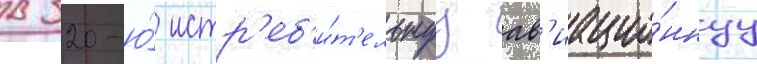
в 320-ю́ истр'еб'и́т'ельнуу ав'иацио́ннуу